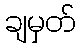
ချမှတ်